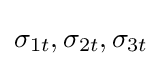
\sigma _{1t},\sigma _{2t},\sigma _{3t}